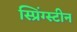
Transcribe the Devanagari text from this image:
स्प्रिंग्स्टीन